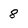
Character: 8